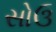
સોઉ